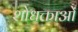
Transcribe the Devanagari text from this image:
शोधक्ताओं